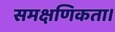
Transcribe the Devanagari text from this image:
समक्षणिकता।